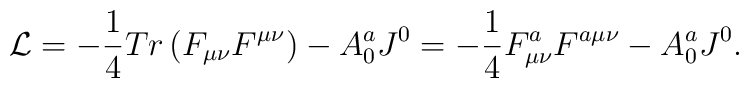
{\cal L} =  - \frac{1}{4}Tr\left( {F_{\mu \nu } F^{\mu \nu } }\right)-A_0^aJ^0 = - \frac{1}{4}F_{\mu \nu }^a F^{a\mu \nu }-A_0^aJ^0.